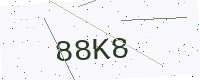
Text: 88K8